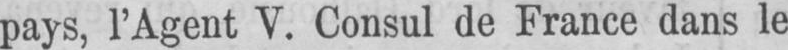
pays, l’Agent V. Consul de France dans le